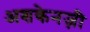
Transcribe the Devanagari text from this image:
अशकेनज़ी